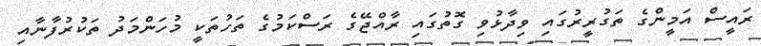
ރައީސް އަމީންގެ ތަގުރީރުގައި ވިދާޅުވި ގޮތުގައި ރާއްޖޭގެ ރަސްކަމުގެ ތަހުތަކީ މުހަންމަދު ތަކުރުފާނާއި